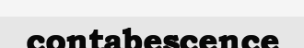
contabescence